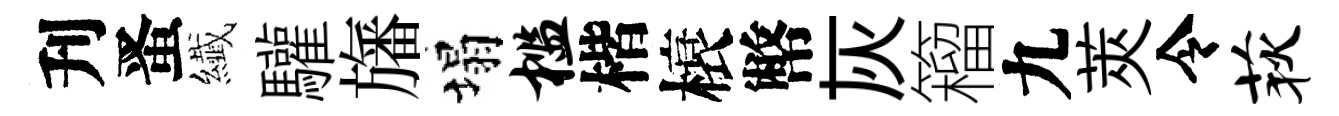
刋󱉠纎驩旛塌槛楷榱幣灰籕九莢令荻